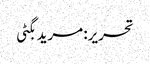
تحریر: مرید بگٹی